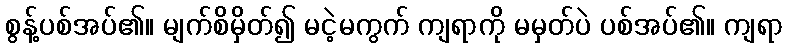
စွန့်ပစ်အပ်၏။ မျက်စိမှိတ်၍ မငဲ့မကွက် ကျရာကို မမှတ်ပဲ ပစ်အပ်၏။ ကျရာ